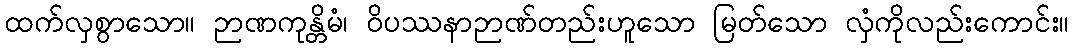
ထက်လှစွာသော။ ဉာဏကုန္တိမံ၊ ဝိပဿနာဉာဏ်တည်းဟူသော မြတ်သော လှံကိုလည်းကောင်း။